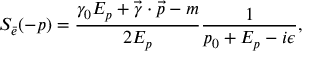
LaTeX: S _ { \bar { e } } ( - p ) = \frac { \gamma _ { 0 } E _ { p } + \vec { \gamma } \cdot \vec { p } - m } { 2 E _ { p } } \frac { 1 } { p _ { 0 } + E _ { p } - i \epsilon } ,